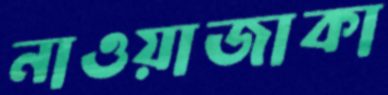
নাওয়াজাকা